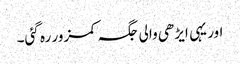
اور یہی ایڑھی والی جگہ کمزور رہ گئی۔